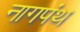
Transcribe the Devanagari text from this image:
नागपंथ